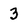
Character: 3